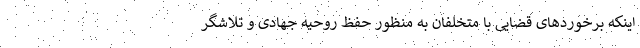
اینکه برخوردهای قضایی با متخلفان به منظور حفظ روحیه جهادی و تلاشگر